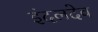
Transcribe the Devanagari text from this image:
इंदलदेव